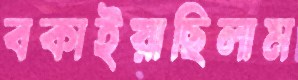
বকাইয়াছিলাম